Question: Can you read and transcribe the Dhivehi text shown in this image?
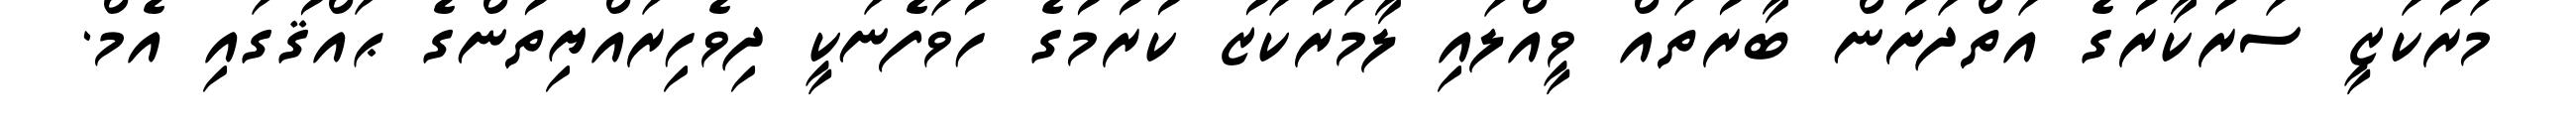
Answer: މަރުކަޒީ ސަރުކާރުގެ އަތްދަށުން ބާރުތައް ވީއްލައި ލާމަރުކަޒު ކުރުމުގެ ހުވަފެނަކީ ދިވެހިރައްޔިތުންގެ ޙައްޤުގައި އެމް.